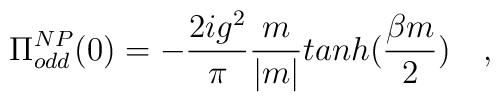
\Pi_{odd}^{NP}(0) =-\frac {2ig^2}{\pi}\frac {m}{|m|}tanh(\frac {\beta m}{2}) ~~~,